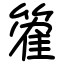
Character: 篧